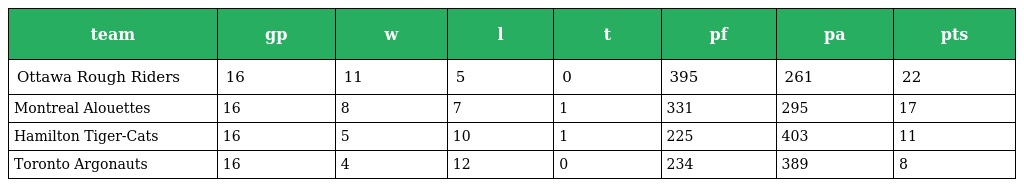
| team | gp | w | l | t | pf | pa | pts |
 | --- | --- | --- | --- | --- | --- | --- | --- |
 | Ottawa Rough Riders | 16 | 11 | 5 | 0 | 395 | 261 | 22 |
 | Montreal Alouettes | 16 | 8 | 7 | 1 | 331 | 295 | 17 |
 | Hamilton Tiger-Cats | 16 | 5 | 10 | 1 | 225 | 403 | 11 |
 | Toronto Argonauts | 16 | 4 | 12 | 0 | 234 | 389 | 8 |